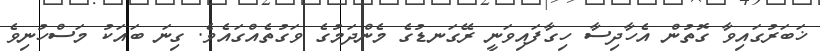
ޚަބަރުގައިވާ ގޮތުން އެހާދިސާ ހިގާފައިވަނީ ރޭގަނޑުގެ މެންދަމުގެ ވަގުތެއްގައެވެ. ގިނަ ބައަކު މަސްހުނިވެ